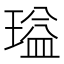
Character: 𬎃